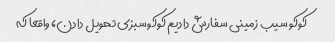
کوکو سیب زمینی سفارش دادیم کوکو سبزی تحویل دادن، واقعا که